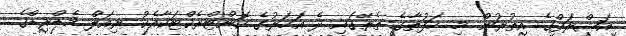
އަޝްރަފްގެ އިތުރުން މި ހަފުތާގެ ތެރޭގައި ދެ އަހަރުގެ ކޮންޓްރެކްޓަކާއެކު ރިއަލް މެޑްރިޑްގެ